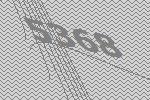
5368